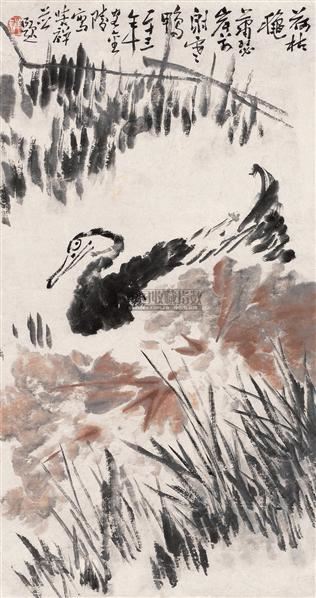
八月寒苇花，秋江浪头白。